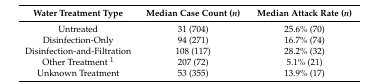
<table><thead><tr><td><b>Water Treatment Type</b></td><td><b>Median Case Count (<i>n</i>)</b></td><td><b>Median Attack Rate (<i>n</i>)</b></td></tr></thead><tbody><tr><td>Untreated</td><td>31 (704)</td><td>25.6% (70)</td></tr><tr><td>Disinfection-Only</td><td>94 (271)</td><td>16.7% (74)</td></tr><tr><td>Disinfection-and-Filtration</td><td>108 (117)</td><td>28.2% (32)</td></tr><tr><td>Other Treatment <sup>1</sup></td><td>207 (72)</td><td>5.1% (21)</td></tr><tr><td>Unknown Treatment</td><td>53 (355)</td><td>13.9% (17)</td></tr></tbody></table>